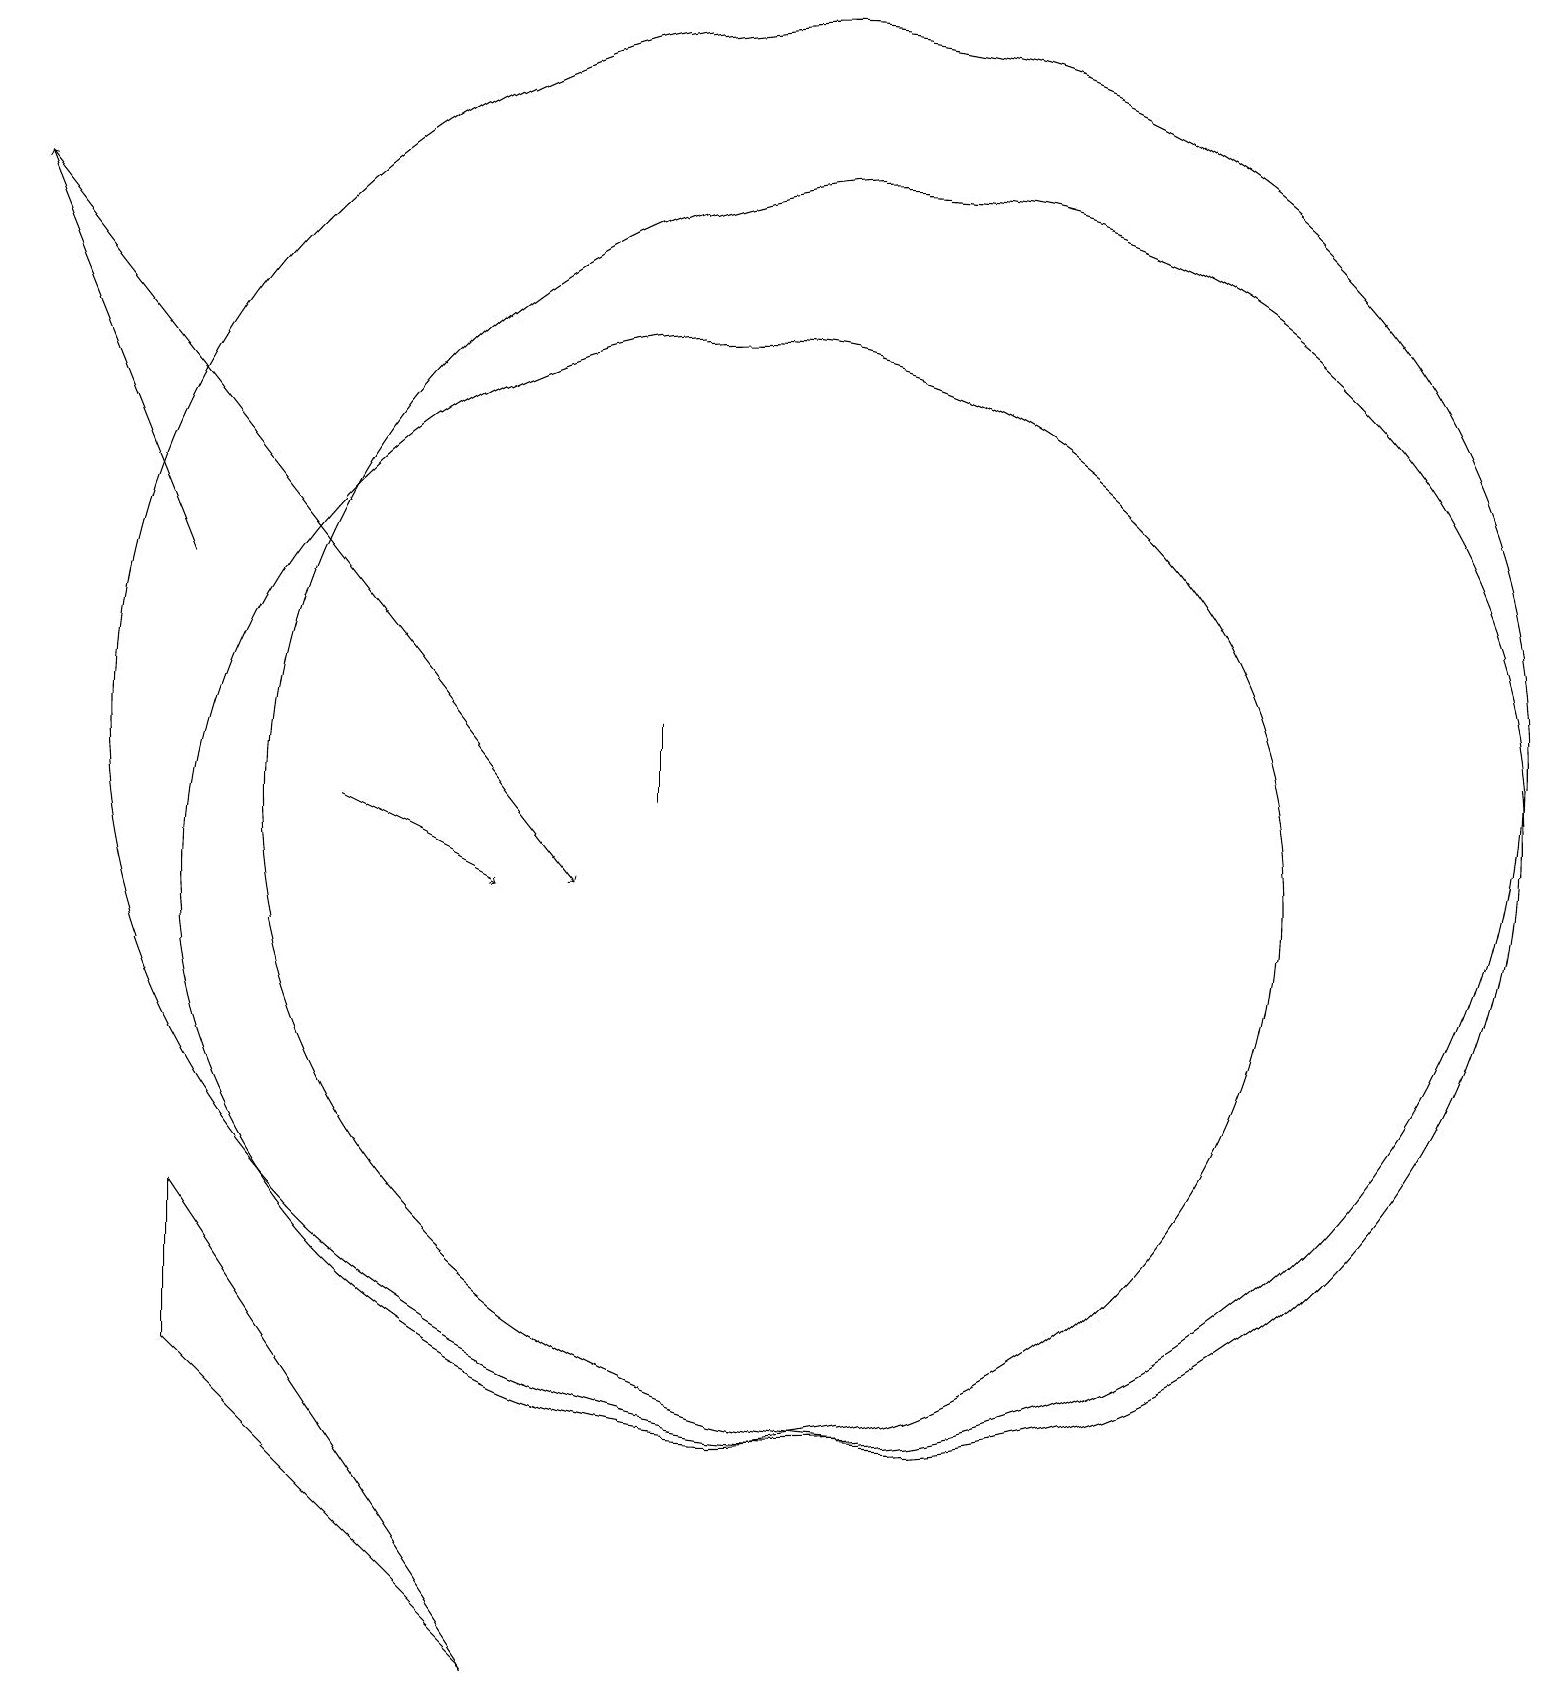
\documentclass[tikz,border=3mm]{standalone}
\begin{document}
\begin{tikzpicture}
\draw (11,12) circle (9);
\draw (10,10) circle (7);
\draw[->] (3,14) -- (1,19);
\draw (12,11) circle (8);
\draw[->] (1,19) -- (8,10);
\draw (9,11) rectangle (9,12);
\draw[->] (5,11) -- (7,10);
\draw (7,0) -- (3,4) -- (3,6) -- cycle;
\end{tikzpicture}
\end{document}